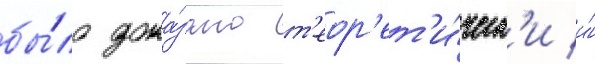
бы́ло дока́зано т'еор'ет'и́ческ'и и́